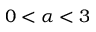
0 < \alpha < 3